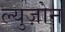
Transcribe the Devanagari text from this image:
ल्युज़ोन